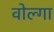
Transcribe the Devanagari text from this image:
वोल्‍गा